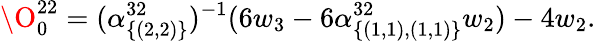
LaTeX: \O_{0}^{22}=(\alpha_{\{ (2,2)\} }^{32})^{-1}(6w_{3}-6\alpha_{\{ (1,1),(1,1)\} }^{32}w_{2})-4w_{2}.